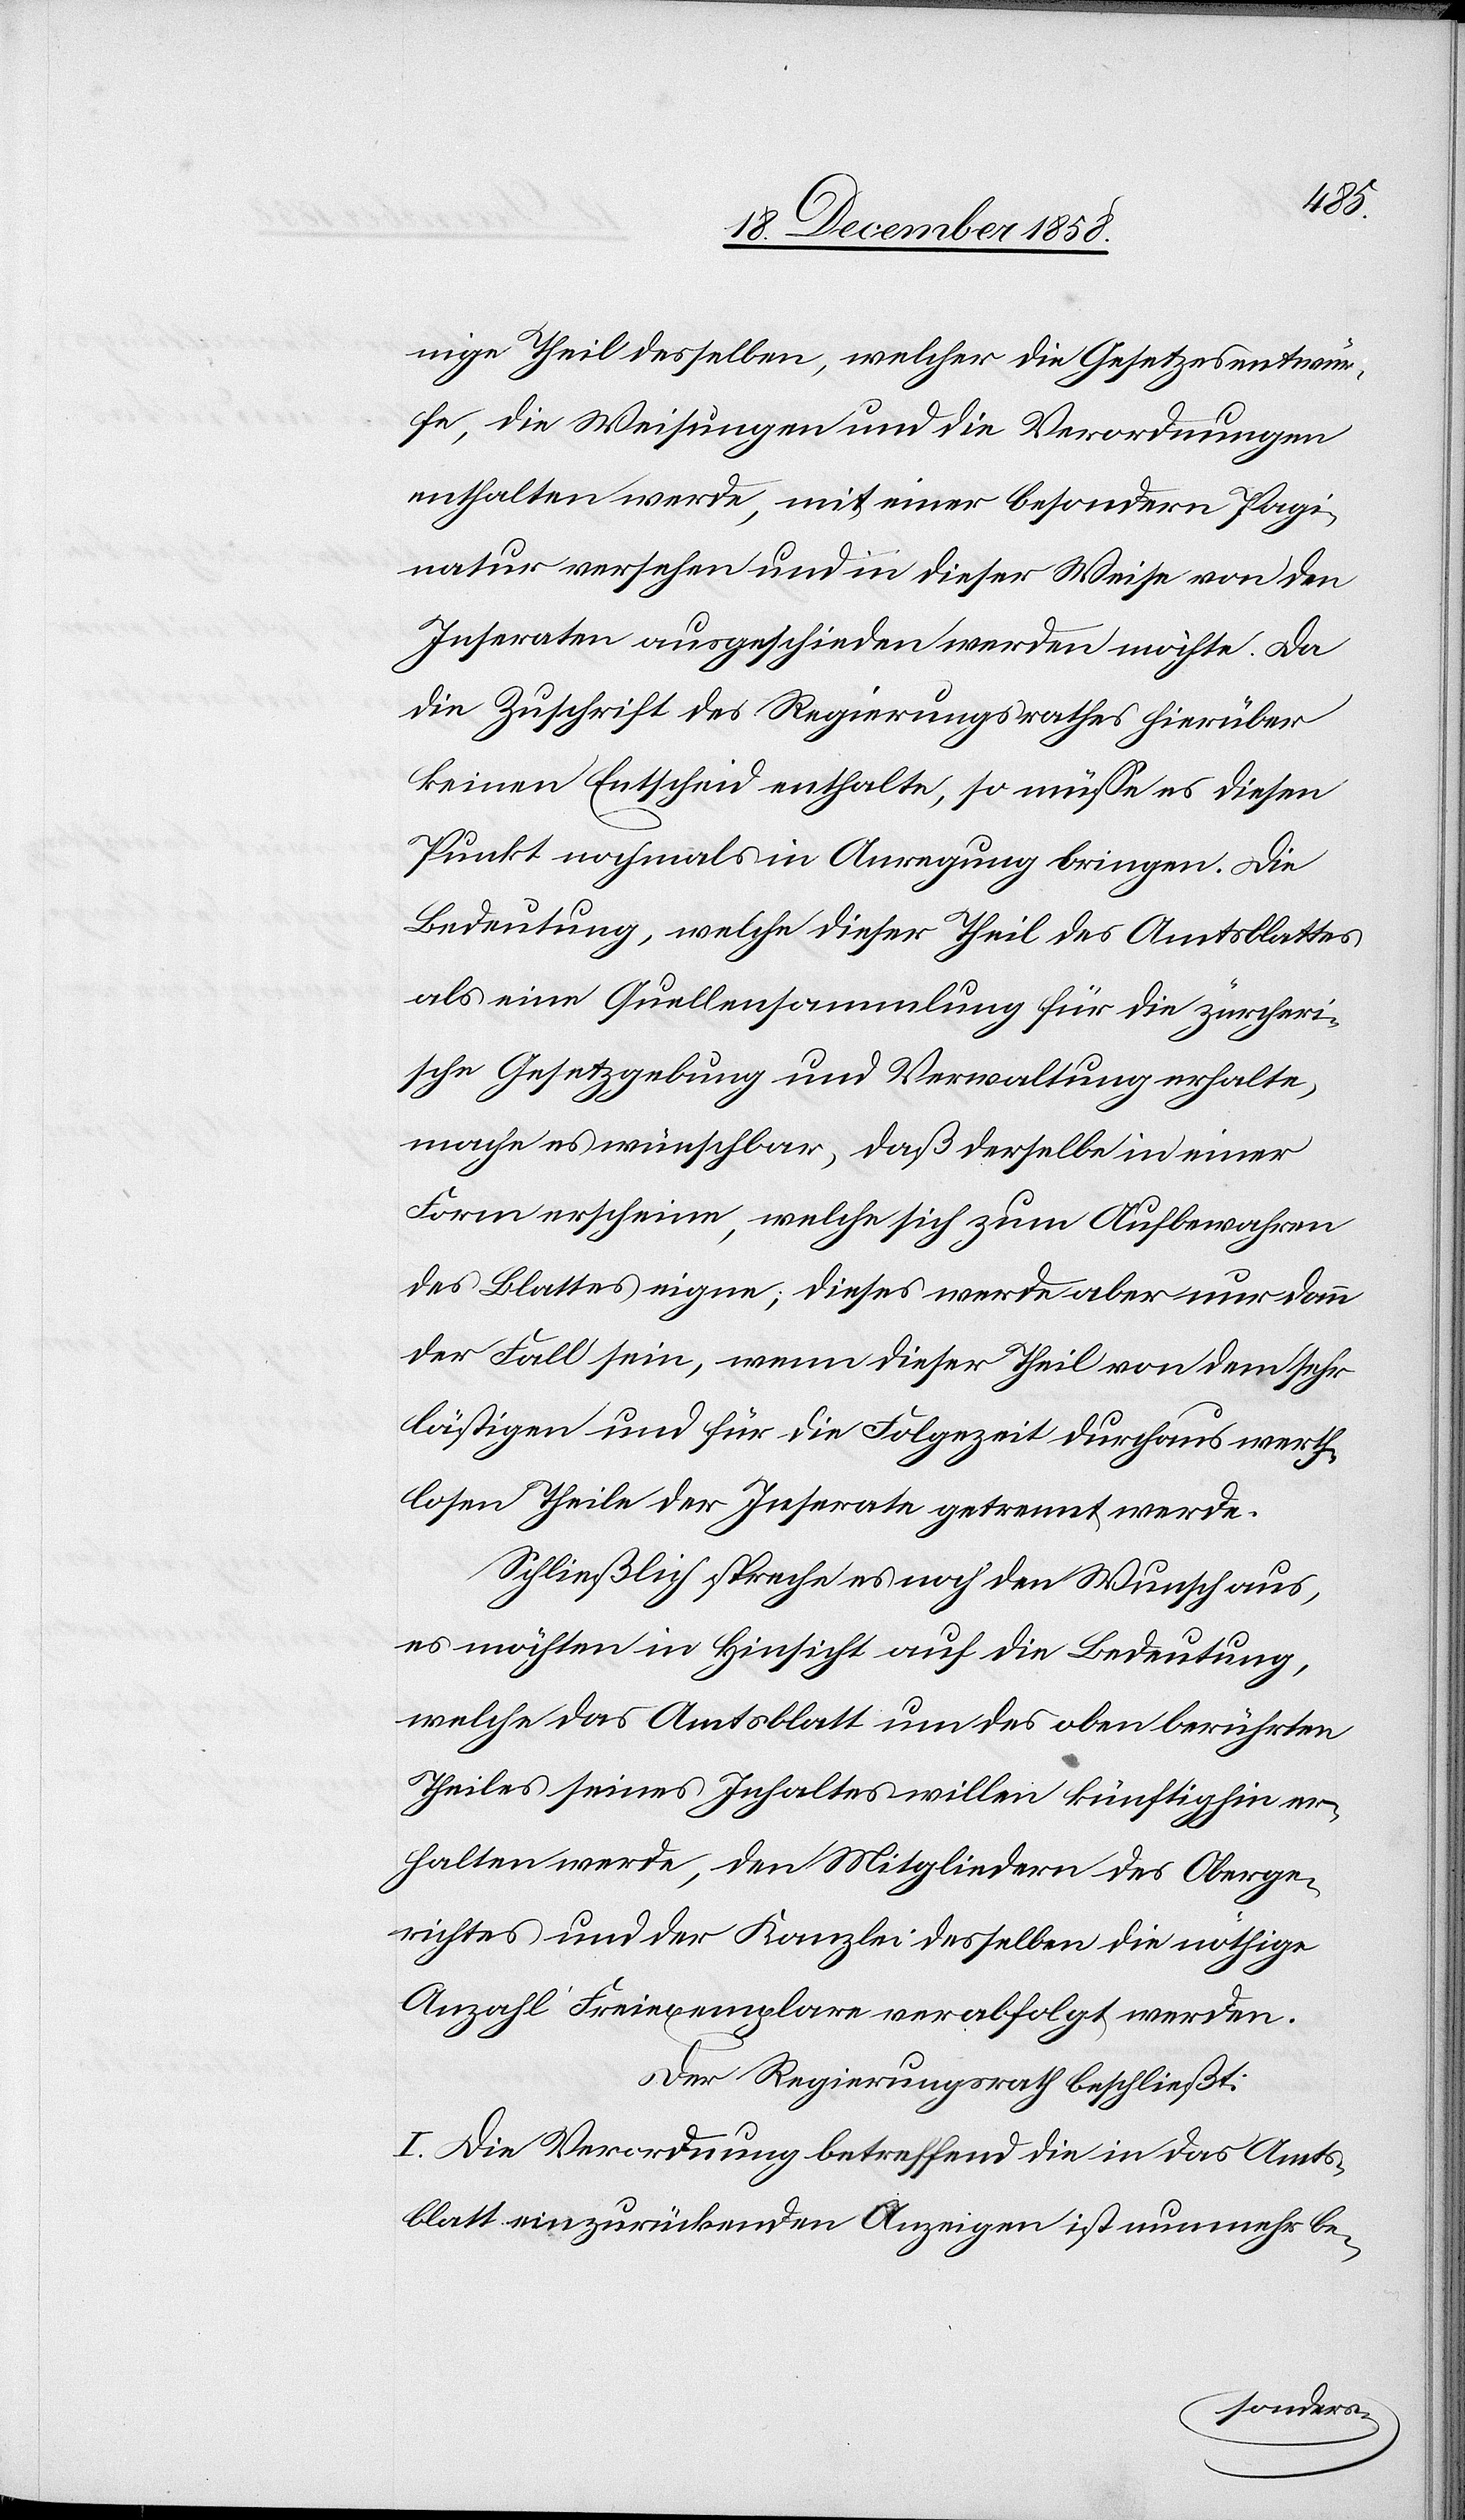
Hrn.